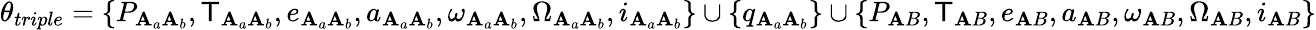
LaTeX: \theta_{triple}=\{ P_{\mathbf{A}_{a}\mathbf{A}_{b}},\mathsf{T}_{\mathbf{A}_{a}\mathbf{A}_{b}},e_{\mathbf{A}_{a}\mathbf{A}_{b}},a_{\mathbf{A}_{a}\mathbf{A}_{b}},\omega_{\mathbf{A}_{a}\mathbf{A}_{b}},\Omega_{\mathbf{A}_{a}\mathbf{A}_{b}},i_{\mathbf{A}_{a}\mathbf{A}_{b}}\} \cup\{ q_{\mathbf{A}_{a}\mathbf{A}_{b}}\} \cup\{ P_{\mathbf{A}B},\mathsf{T}_{\mathbf{A}B},e_{\mathbf{A}B},a_{\mathbf{A}B},\omega_{\mathbf{A}B},\Omega_{\mathbf{A}B},i_{\mathbf{A}B}\}